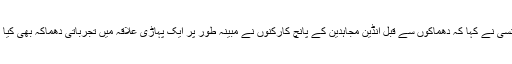
ایجنسی نے کہا کہ دھماکوں سے قبل انڈین مجاہدین کے پانچ کارکنوں نے مبینہ طور پر ایک پہاڑی علاقہ میں تجرباتی دھماکہ بھی کیا تھا۔